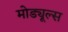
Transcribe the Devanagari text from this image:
मोड्यूल्स